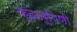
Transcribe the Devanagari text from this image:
कृदंतरूपिणी